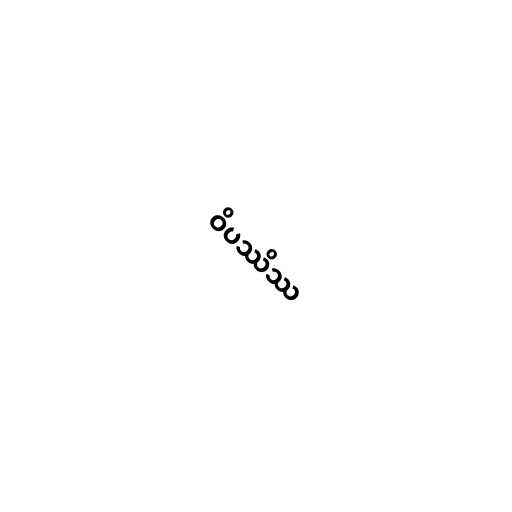
ဝိပဿိဿ